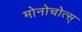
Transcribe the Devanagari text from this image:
मोनोचोत्स्